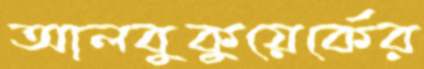
আলবুকুয়ের্কের